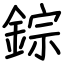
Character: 錝